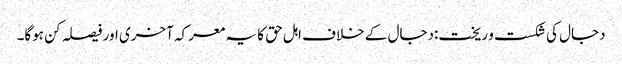
دجال کی شکست و ریخت:دجال کے خلاف اہل حق کا یہ معرکہ آخری اور فیصلہ کن ہوگا۔